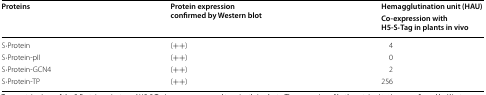
<table><thead><tr><td rowspan="2"><b>Proteins</b></td><td rowspan="2"><b>Protein expression confirmed by Western blot</b></td><td><b>Hemagglutination unit (HAU)</b></td></tr><tr><td><b>Co-expression with H5-S·Tag in plants in vivo</b></td></tr></thead><tbody><tr><td>S·Protein</td><td>(++)</td><td>4</td></tr><tr><td>S·Protein-pII</td><td>(++)</td><td>0</td></tr><tr><td>S·Protein-GCN4</td><td>(++)</td><td>2</td></tr><tr><td>S·Protein-TP</td><td>(++)</td><td>256</td></tr></tbody></table>